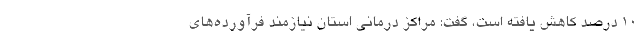
10 درصد کاهش یافته است، گفت: مراکز درمانی استان نیازمند فرآورده‌های